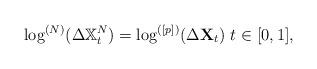
LaTeX: \begin{align*}\log^{(N)}(\Delta \mathbb{X}_t^N)=\log^{([p])}(\Delta \mathbf{X}_t) \ t\in[0,1],\end{align*}